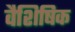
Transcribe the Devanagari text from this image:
वैशिषिक